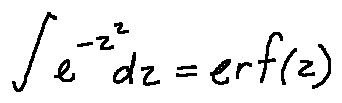
\int e ^ { - z ^ { 2 } } d z = e r f ( z )